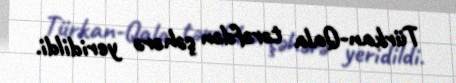
Türkan-Qala tərəfdən şəhərə yeridildi.